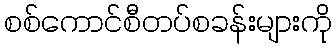
စစ်ကောင်စီတပ်စခန်းများကို